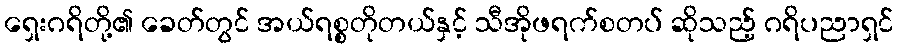
ရှေးဂရိတို့၏ ခေတ်တွင် အယ်ရစ္စတိုတယ်နှင့် သီအိုဖရက်စတပ် ဆိုသည့် ဂရိပညာရှင်